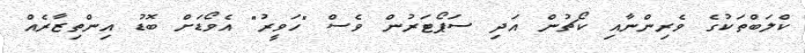
ކްލަބްތަކުގެ ވެރިންނާއި ކޯޗުން އަދި ސަޕޯޓަރުން ވެސް "ހަވީރު" އެވޯޑަށް ބޮޑު އިންތިޒާރެއް